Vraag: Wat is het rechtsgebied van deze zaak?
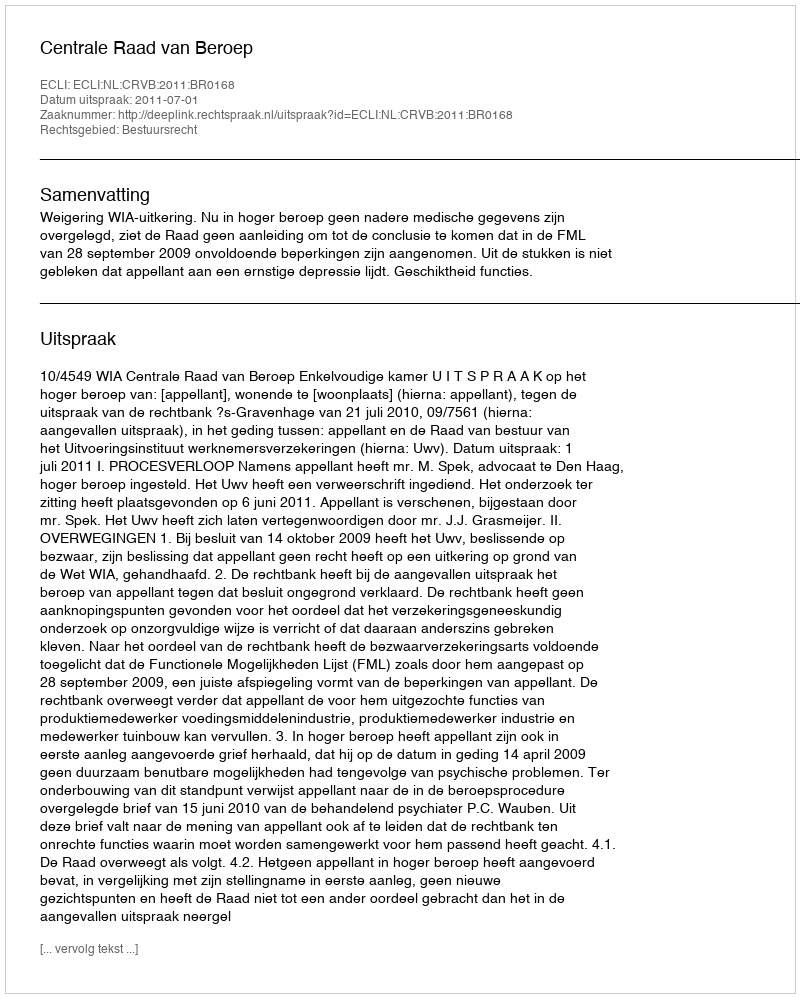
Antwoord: Bestuursrecht